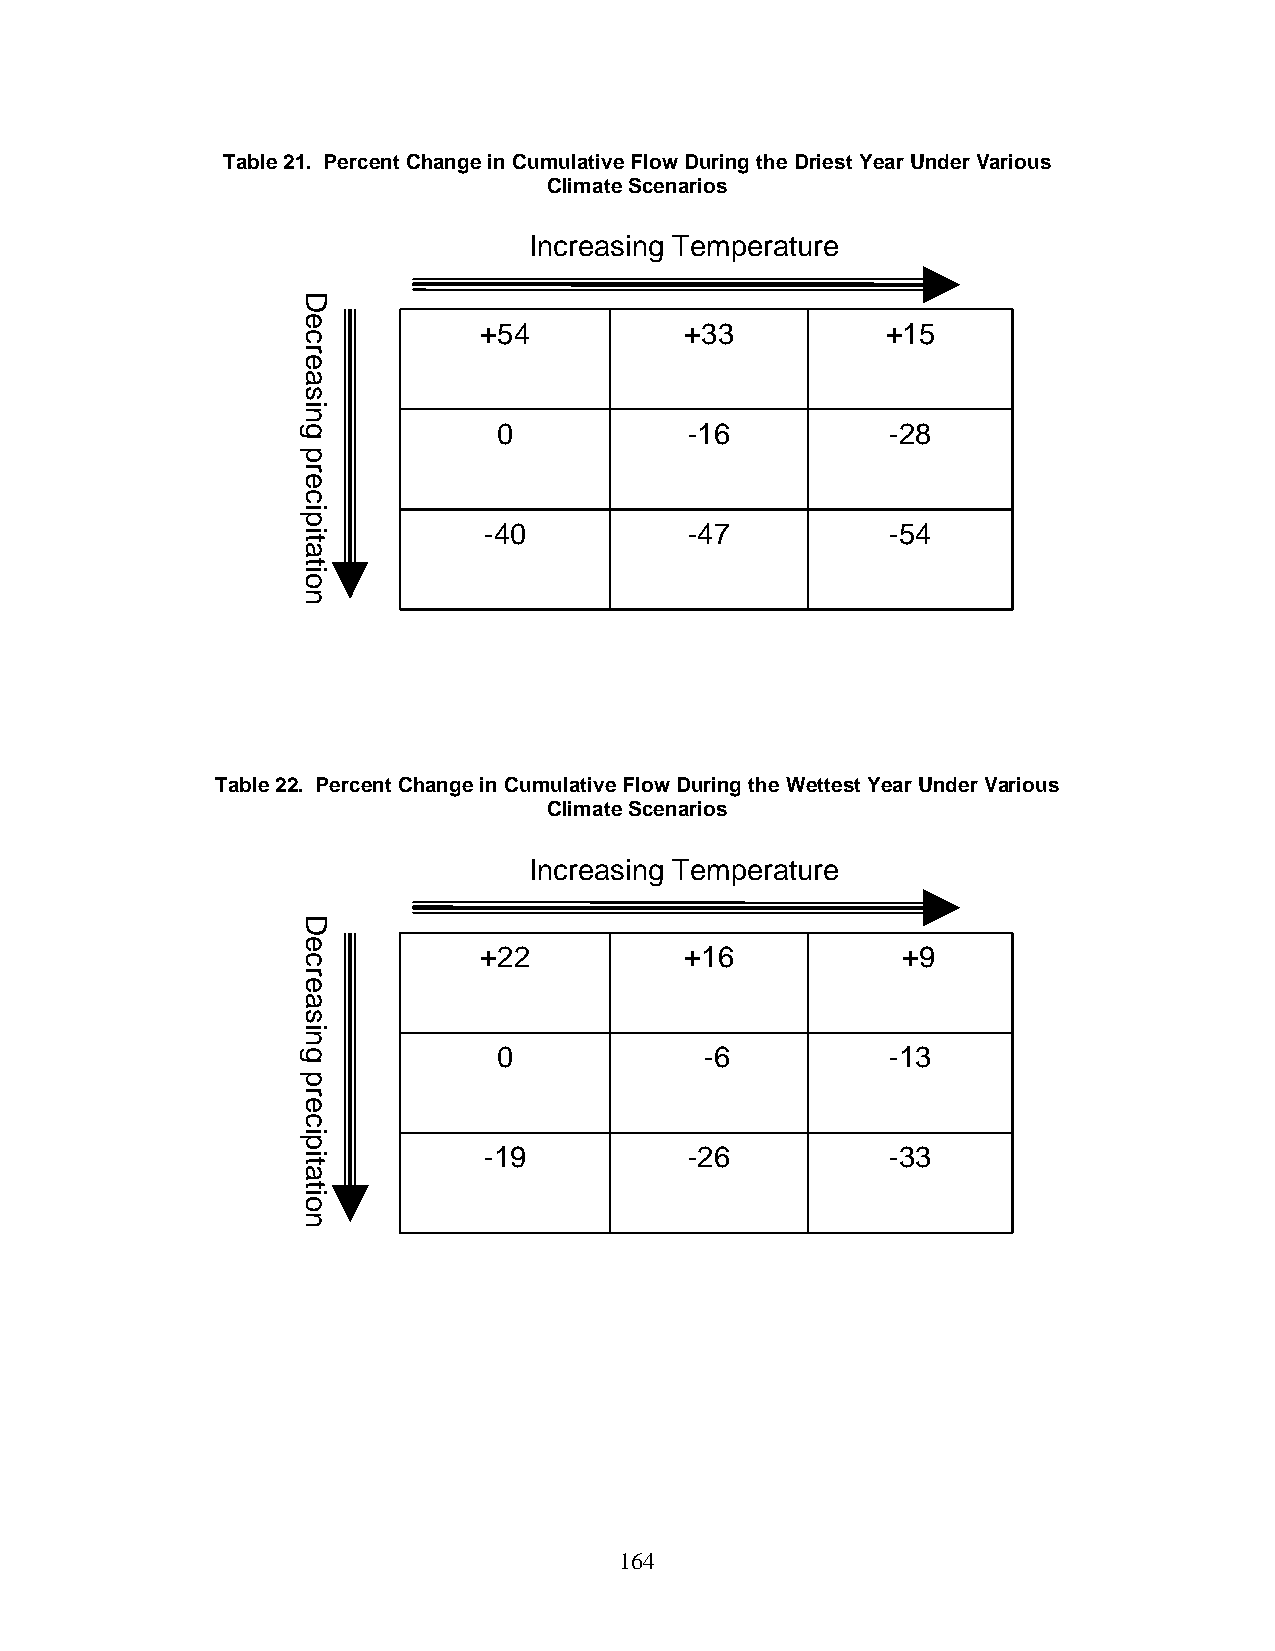
Table 21. Percent Change in Cumulative Flow During the Driest Year Under Various
 Climate Scenarios
 Increasing Temperature
 +54          +33           +15
 0            -16          -28
 -40           -47          -54
 Table 22. Percent Change in Cumulative Flow During the Wettest Year Under Various
 Climate Scenarios
 Increasing Temperature
 +22          +16            +9
 0             -6          -13
 -19           -26          -33
 164
 Decreasing
 precipitation
 Decreasing
 precipitation